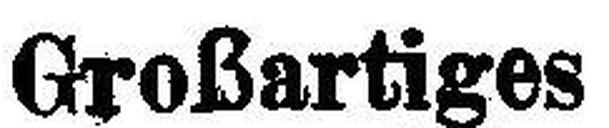
Großartiges